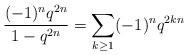
LaTeX: \begin{align*}\frac{(-1)^n q^{2n}}{1-q^{2n}} = \sum_{k\geq 1} (-1)^n q^{2kn}\end{align*}